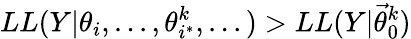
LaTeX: LL(Y|\theta_{i},...,\theta_{i^{*}}^{k},...)>LL(Y|\vec{\theta}_{0}^{k})